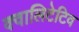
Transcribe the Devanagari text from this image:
क्वालिटेटिव